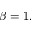
\beta = 1 .